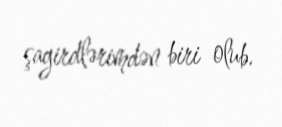
şagirdlərimdən biri olub.